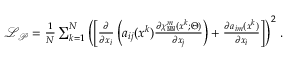
\begin{array} { r } { \mathcal { L } _ { \mathcal { P } } = \frac { 1 } { N } \sum _ { k = 1 } ^ { N } \left( \left[ \frac { \partial } { \partial x _ { i } } \left( a _ { i j } ( \boldsymbol x ^ { k } ) \frac { \partial \chi _ { \mathtt { N N } } ^ { m } ( \boldsymbol x ^ { k } ; \boldsymbol \Theta ) } { \partial x _ { j } } \right) + \frac { \partial a _ { i m } ( \boldsymbol x ^ { k } ) } { \partial x _ { i } } \right] \right) ^ { 2 } \, . } \end{array}